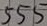
Text: 555